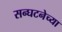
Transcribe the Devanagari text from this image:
सन्घटनेच्या